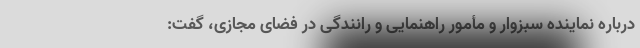
درباره نماینده سبزوار و مأمور راهنمایی و رانندگی در فضای مجازی، گفت: